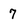
Character: 7